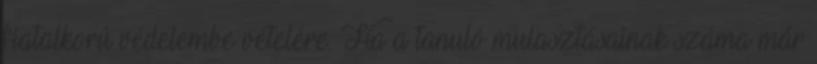
fiatalkorú védelembe vételére. Ha a tanuló mulasztásainak száma már